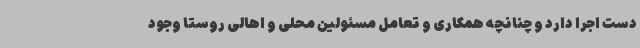
دست اجرا دارد و چنانچه همکاری و تعامل مسئولین محلی و اهالی روستا وجود